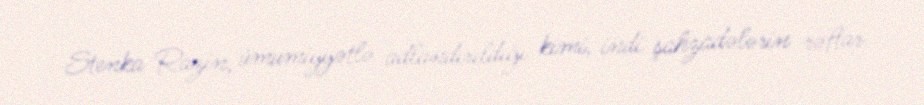
Stenka Razin, ümumiyyətlə adlandırıldığı kimi, indi şahzadələrin rəftar